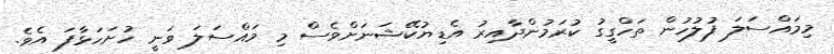
މިމައްސަލަ ފުލުހުން ތަހްގީގު ކުރަމުންދާއިރު އެޑިޔުކޭޝަނަށްވެސް މި މައްސަލަ ވަނީ ހުށަހަޅާފަ އެވެ.